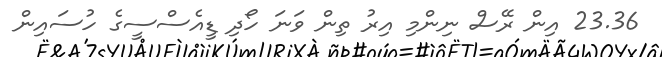
23.36 އިން ރޭސް ނިންމި އިރު ތިން ވަނަ ހޯދި ޑީއެސްސީގެ ހުސައިން